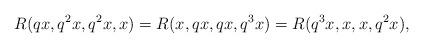
LaTeX: \begin{align*} R(qx, q^{2}x, q^{2}x, x)=R(x, qx, qx, q^{3}x)=R(q^{3}x, x, x, q^{2}x), \end{align*}